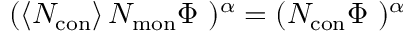
{ ( \left< N _ { \mathrm { c o n } } \right> N _ { \mathrm { m o n } } \Phi \ ) ^ { \alpha } = ( N _ { \mathrm { c o n } } \Phi \ ) ^ { \alpha } }